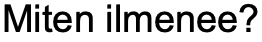
Miten ilmenee?